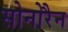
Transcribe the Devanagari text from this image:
सोनोरैन